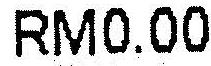
RM0.00